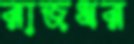
রাজধর